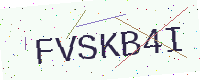
Text: FVSKB4I